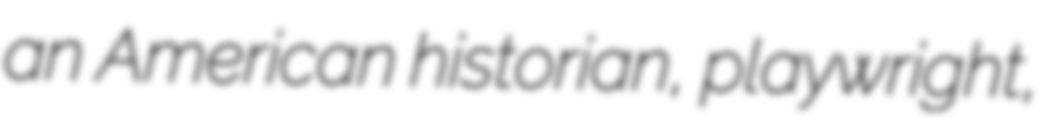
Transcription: an American historian, playwright,